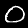
Label: 0